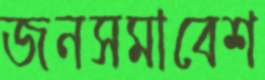
জনসমাবেশ